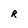
Character: R